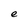
Character: e